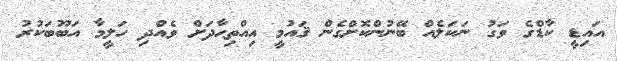
އައިޑީ ކާޑްގެ ވަގު ނަކަލެއް ބޭނުންކޮށްގެން ޤައުމީ އިއްތިޙާދަށް ވެއްދި ހަލީމާ އަބޫބަކުރު